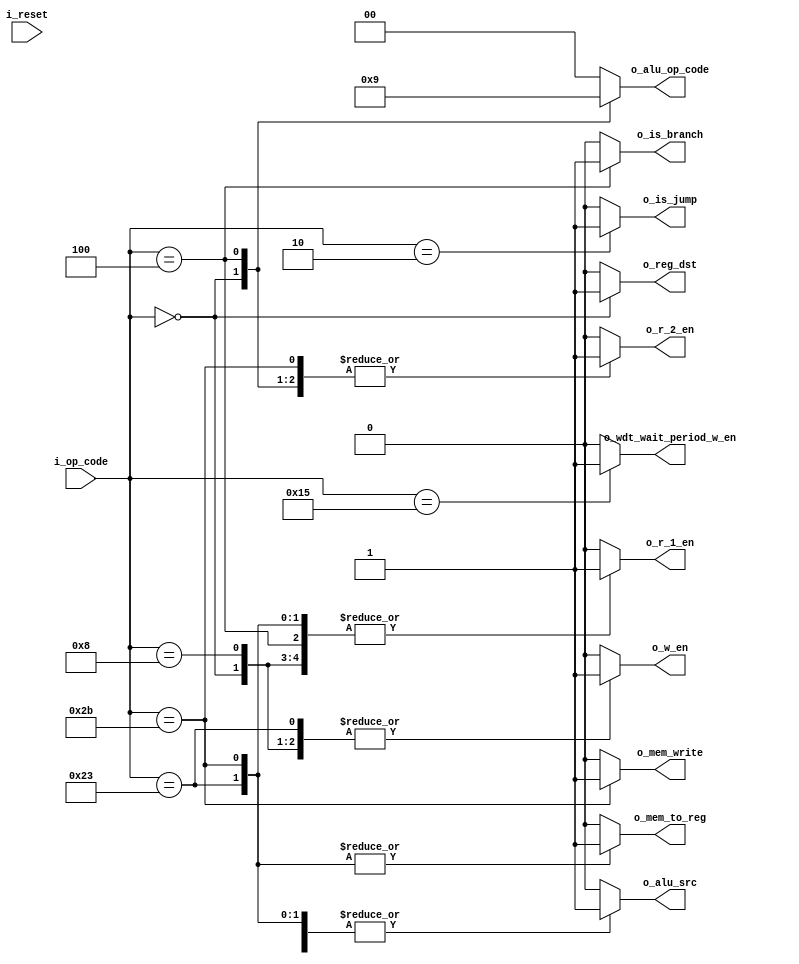
module control_unit_main_mips (	  i_reset,
				  i_op_code, 
				  o_is_jump, 
				  o_r_1_en, o_r_2_en, o_w_en,
				  o_reg_dst,
				  o_alu_src,
				  o_alu_op_code,
				  o_is_branch,
				  o_mem_write,
				  o_mem_to_reg,
				  o_wdt_wait_period_w_en );

input i_reset;

input [5:0] i_op_code;		/* op-code of instruction */

output reg o_is_jump;

output reg o_r_1_en, o_r_2_en, o_w_en;

output reg o_reg_dst;

output reg o_alu_src;

output reg [1:0] o_alu_op_code; /* control signals for ALU */

output reg o_is_branch;

output reg o_mem_write;

output reg o_mem_to_reg;

output reg o_wdt_wait_period_w_en;


always @* begin
	o_wdt_wait_period_w_en = 0;
	
	case (i_op_code)
		6'b000000: begin	/* R-type instruction */
			o_is_jump    = 0;
			o_r_1_en     = 1;
			o_r_2_en     = 1;
			o_w_en       = 1;
			o_reg_dst    = 1;
			o_alu_src    = 0;
			o_is_branch  = 0;
			o_mem_write  = 0;
			o_mem_to_reg = 0;
			o_alu_op_code = 2'b10; /* ALU behaviour defines by "funct" field */
		end
		
		6'b100011: begin	/* lw - load word instruction */
			o_is_jump    = 0;
			o_r_1_en     = 1;
			o_r_2_en     = 0;
			o_w_en       = 1;
			o_reg_dst    = 0;
			o_alu_src    = 1;
			o_is_branch  = 0;
			o_mem_write  = 0;
			o_mem_to_reg = 1;
			o_alu_op_code = 2'b00; /* ALU works as Adder */
		end
		
		6'b101011: begin	/* sw - store word instruction */
			o_is_jump    = 0;
			o_r_1_en     = 1;
			o_r_2_en     = 1;
			o_w_en       = 0;
			o_reg_dst    = 0;
			o_alu_src    = 1;
			o_is_branch  = 0;
			o_mem_write  = 1;
			o_mem_to_reg = 1;
			o_alu_op_code = 2'b00; /* ALU works as Adder */
		end
		
		6'b000100: begin	/* beq - branch if equal instruction */
			o_is_jump    = 0;
			o_r_1_en     = 1;
			o_r_2_en     = 1;
			o_w_en       = 0;
			o_reg_dst    = 0;
			o_alu_src    = 0;
			o_is_branch  = 1;
			o_mem_write  = 0;
			o_mem_to_reg = 0;
			o_alu_op_code = 2'b01; /* ALU works as Subtractor */
		end
		
		6'b000010: begin		/* j - unconditional jump instruction */
			o_is_jump    = 1;
			o_r_1_en     = 0;
			o_r_2_en     = 0;
			o_w_en       = 0;
			o_reg_dst    = 0;
			o_alu_src    = 0;
			o_is_branch  = 0;
			o_mem_write  = 0;
			o_mem_to_reg = 0;
			o_alu_op_code = 2'b00; 	/* we dont need ALU, so it can work anyhow */
		end
		
		6'b001000: begin		/* addi */
			o_is_jump    = 0;
			o_r_1_en     = 1;
			o_r_2_en     = 0;
			o_w_en       = 1;
			o_reg_dst    = 0;
			o_alu_src    = 1;
			o_is_branch  = 0;
			o_mem_write  = 0;
			o_mem_to_reg = 0;
			o_alu_op_code = 2'b00; 	/* ALU works as Adder */
		end
		
		6'b010101: begin		/* wdt_set */
			o_is_jump    = 0;
			o_r_1_en     = 1;
			o_r_2_en     = 1;
			o_w_en       = 0;
			o_reg_dst    = 0;
			o_alu_src    = 0;
			o_is_branch  = 0;
			o_mem_write  = 0;
			o_mem_to_reg = 0;
			o_wdt_wait_period_w_en = 1;
			o_alu_op_code = 2'b00; 	/* ALU works as Adder */
		end
		
		default: begin
			o_is_jump    = 0;
			o_r_1_en     = 0;
			o_r_2_en     = 0;
			o_w_en       = 0;
			o_reg_dst    = 0;
			o_alu_src    = 0;
			o_is_branch  = 0;
			o_mem_write  = 0;
			o_mem_to_reg = 0;
			o_alu_op_code = 2'b00; /* ALU works as Subtractor */
		end
		
	endcase
end

endmodule